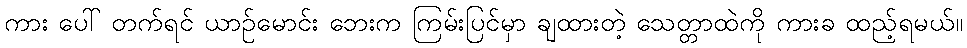
ကား ပေါ် တက်ရင် ယာဉ်မောင်း ဘေးက ကြမ်းပြင်မှာ ချထားတဲ့ သေတ္တာထဲကို ကားခ ထည့်ရမယ်။